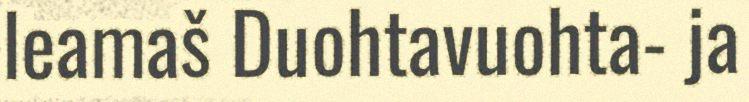
leamaš Duohtavuohta- ja